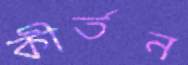
কীর্তন